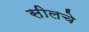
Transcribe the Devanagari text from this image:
सीलचे